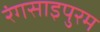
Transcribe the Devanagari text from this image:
रंगसाइपुरम